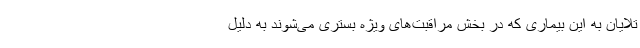
تلایان به این بیماری که در بخش مراقبت‌های ویژه بستری می‌شوند به دلیل